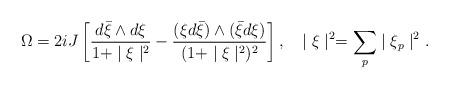
LaTeX: \begin{align*}\Omega=2iJ\left[\frac{d{\bar\xi}\wedge d\xi}{1+\mid\xi\mid^2}-\frac{( \xi d{\bar\xi})\wedge({\bar\xi}d\xi)}{(1+\mid\xi\mid^2)^2}\right],\ \ \ \mid\xi\mid^2=\sum_p\mid\xi_p\mid^2.\end{align*}